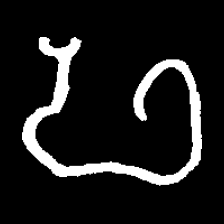
Pyu character \u2014 Myanmar letter: ဖ (romanized: pha)